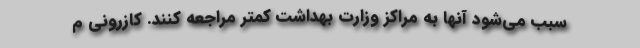
سبب می‌شود آنها به مراکز وزارت بهداشت کمتر مراجعه کنند. کازرونی م